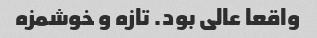
واقعا عالی بود. تازه و خوشمزه